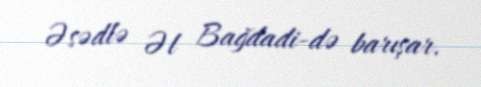
Əsədlə Əl Bağdadi-də barışar.